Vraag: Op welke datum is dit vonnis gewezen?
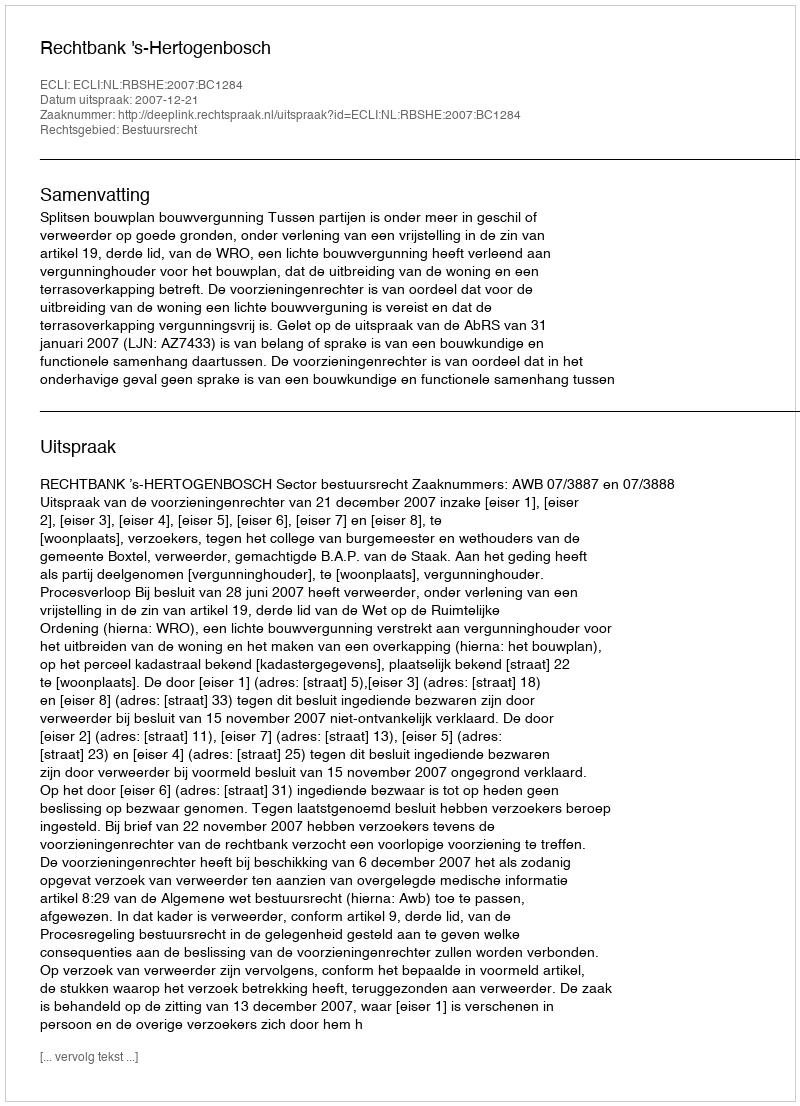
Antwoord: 2007-12-21